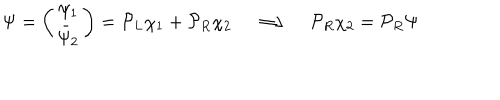
\Psi = \left( \begin{matrix} { { \psi _ { 1 } } } \\ { { \bar { \psi } _ { 2 } } } \\ \end{matrix} \right) = { \cal P } _ { L } \chi _ { 1 } + { \cal P } _ { R } \chi _ { 2 } \quad \Longrightarrow \quad { \cal P } _ { R } \chi _ { 2 } = { \cal P } _ { R } \Psi